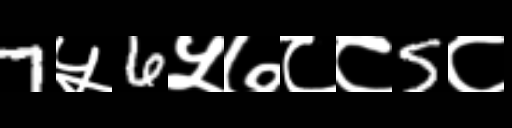
Text: 7५6५७८८5८